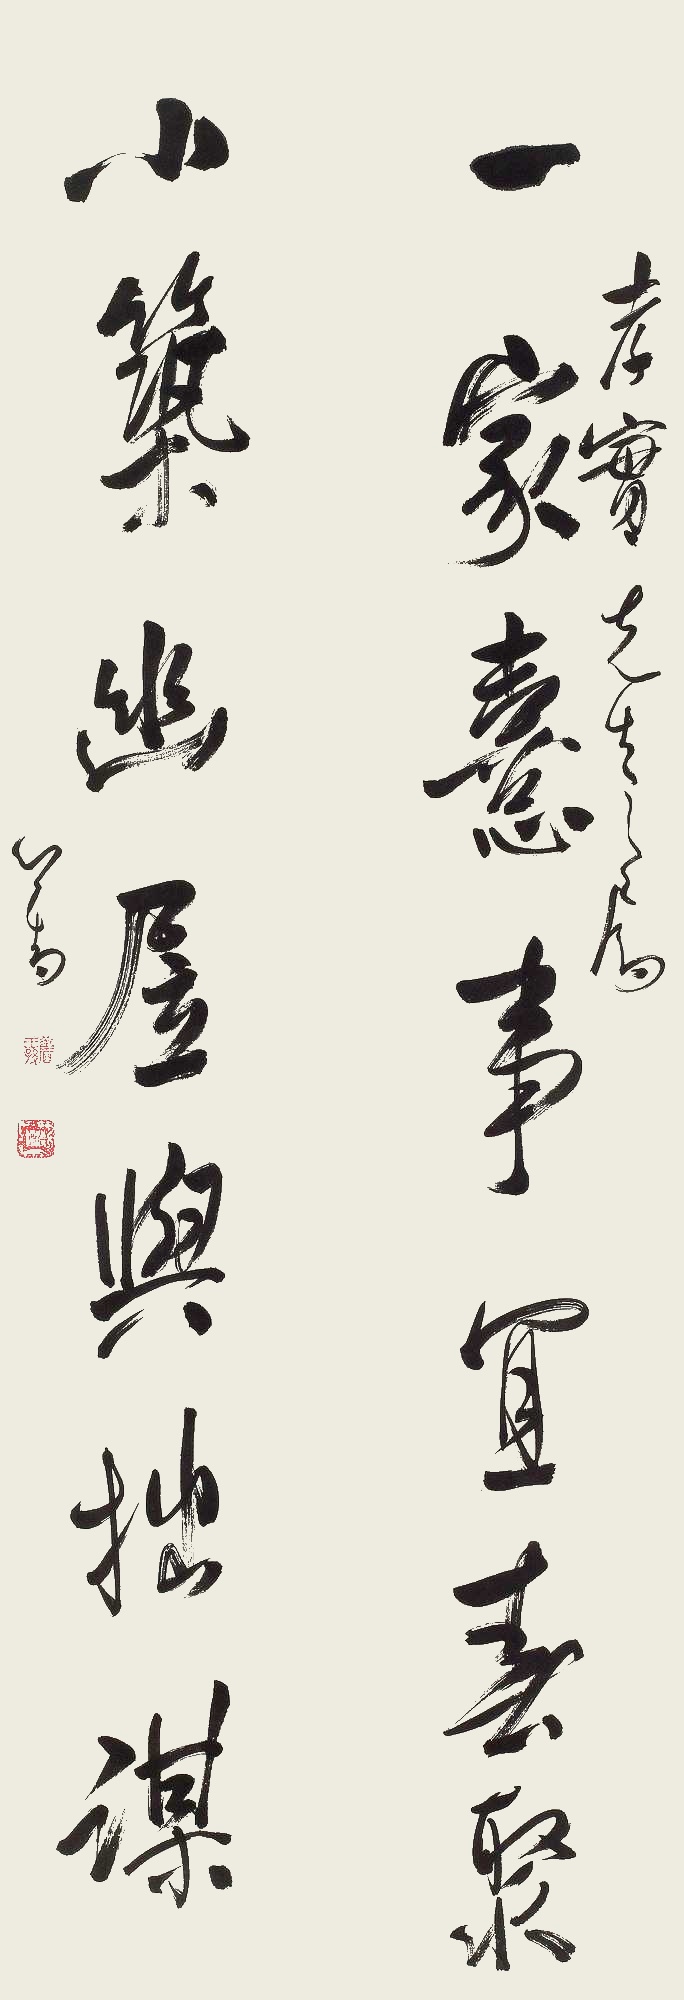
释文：一家喜事宜春聚，小筑幽居与拙谋。孝实先生之属。心畬。